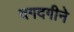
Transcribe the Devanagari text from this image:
दगदगीने